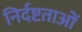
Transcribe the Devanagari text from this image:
निर्दष्टताओं